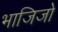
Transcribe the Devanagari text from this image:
भाजिजो